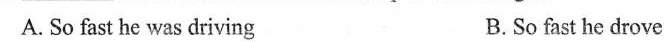
A. So fast he was driving B.So fast he drove